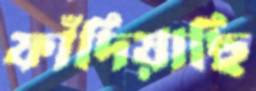
ফাঁদিয়াছি